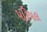
પરિપલ